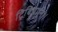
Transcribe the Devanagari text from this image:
ट्रिबियानि।।